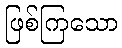
ဖြစ်ကြသော